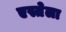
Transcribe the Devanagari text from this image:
एस्तेला